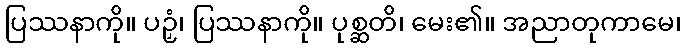
ပြဿနာကို။ ပဉှံ၊ ပြဿနာကို။ ပုစ္ဆတိ၊ မေး၏။ အညာတုကာမေ၊